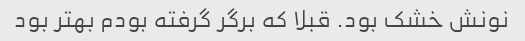
نونش خشک بود. قبلا که برگر گرفته بودم بهتر بود